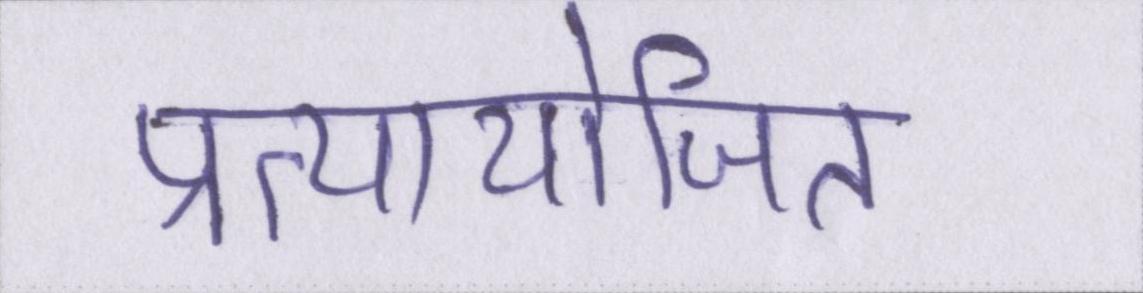
प्रत्यायोजित